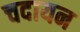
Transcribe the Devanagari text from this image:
चदायन